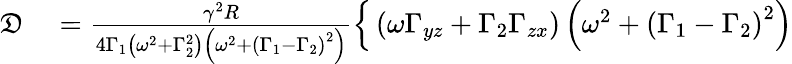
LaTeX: \begin{array}{rl}{\mathfrak{D}}&{{}=\frac{\gamma^{2}R}{4\Gamma_{1}\left(\omega^{2}+\Gamma_{2}^{2}\right)\left(\omega^{2}+\left(\Gamma_{1}-\Gamma_{2}\right)^{2}\right)}\left\{ \vphantom{\int_{0}^{0}}\left(\omega\Gamma_{yz}+\Gamma_{2}\Gamma_{zx}\right)\left(\omega^{2}+\left(\Gamma_{1}-\Gamma_{2}\right)^{2}\right)\right.}\end{array}